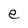
Character: e